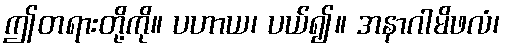
ဤတရားတို့ကို။ ပဟာယ၊ ပယ်၍။ အနာဂါမိဖလံ၊